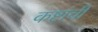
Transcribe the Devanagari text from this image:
कष्टांची